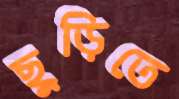
ছুড়িতে